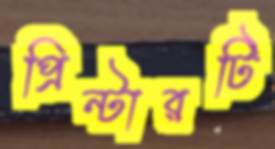
প্রিন্টারটি